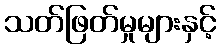
သတ်ဖြတ်မှုများနှင့်